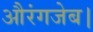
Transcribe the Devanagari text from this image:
औरंगजेब।